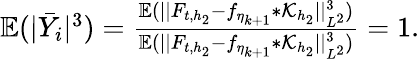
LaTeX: \begin{array}{r}{\mathbb{E}(|\bar{Y}_{i}|^{3})=\frac{\mathbb{E}(\vert\vert F_{t,{h_{2}}}-f_{\eta_{k+1}}\ast\mathcal{K}_{h_{2}}\vert\vert_{L^{2}}^{3})}{\mathbb{E}(\vert\vert F_{t,{h_{2}}}-f_{\eta_{k+1}}\ast\mathcal{K}_{h_{2}}\vert\vert_{L^{2}}^{3})}=1.}\end{array}